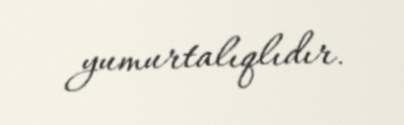
yumurtalıqlıdır.